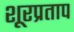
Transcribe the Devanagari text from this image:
शूरप्रताप